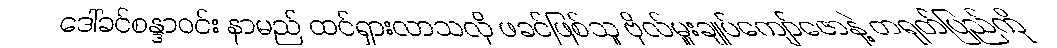
ဒေါ်ခင်စန္ဒာဝင်း နာမည် ထင်ရှားလာသလို ဖခင်ဖြစ်သူ ဗိုလ်မှူးချုပ်ကျော်ဇောနဲ့ တရုတ်ပြည်ကို